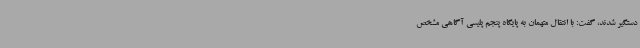
دستگیر شدند، گفت: با انتقال متهمان به پایگاه پنجم پلیسی آگاهی مشخص